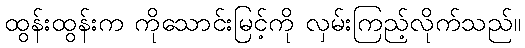
ထွန်းထွန်းက ကိုသောင်းမြင့်ကို လှမ်းကြည့်လိုက်သည်။